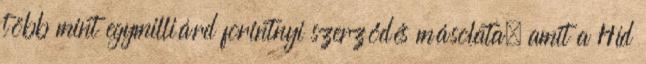
több mint egymilliárd forintnyi szerződés másolata, amit a Híd